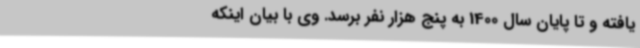
یافته و تا پایان سال 1400 به پنج هزار نفر برسد. وی با بیان اینکه